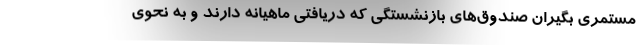
مستمری بگیران صندوق‌های بازنشستگی که دریافتی ماهیانه دارند و به نحوی